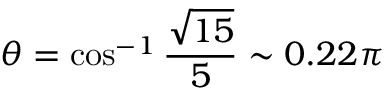
\theta = \cos ^ { - 1 } \frac { \sqrt { 1 5 } } { 5 } \sim 0 . 2 2 \pi